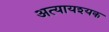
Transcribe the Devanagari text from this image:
अत्यायश्यक